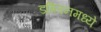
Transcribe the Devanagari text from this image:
डब्लिनमध्ये